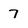
Character: 7